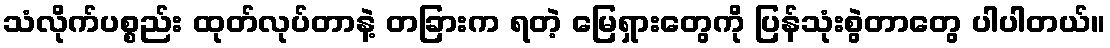
သံလိုက်ပစ္စည်း ထုတ်လုပ်တာနဲ့ တခြားက ရတဲ့ မြေရှားတွေကို ပြန်သုံးစွဲတာတွေ ပါပါတယ်။